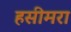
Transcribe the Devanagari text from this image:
हसीमरा